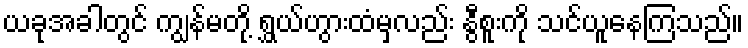
ယခုအခါတွင် ကျွန်မတို့ ရွှယ်ဟွားထံမှလည်း နွီစူးကို သင်ယူနေကြသည်။